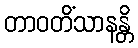
တာဝတိံသာနန္တိ